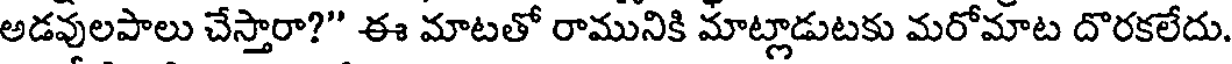
అడవులపాలు చేస్తారా?" ఈ మాటతో రామునికి మాట్లాడుటకు మరోమాట దొరకలేదు.